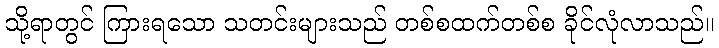
သို့ရာတွင် ကြားရသော သတင်းများသည် တစ်စထက်တစ်စ ခိုင်လုံလာသည်။